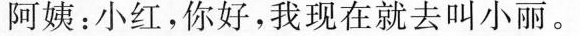
阿姨：小红，你好，我现在就去叫小丽。